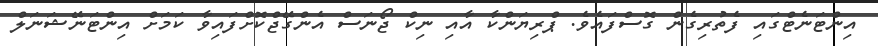
އިންޓަނެޓްގައި ފެތުރިގެން ގޮސްފައެވެ. ޕްރިޔަންކާ އާއި ނިކް ޖޯނަސް އެންގޭޖްކޮށްފައިވާ ކަމަށް އިންޓަނޭޝަނަލް